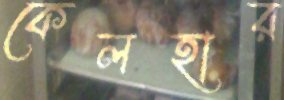
কেলহার